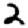
Digit: 2